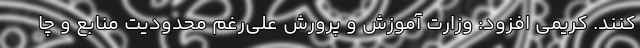
کنند. کریمی افزود: وزارت آموزش و پرورش علی‌رغم محدودیت منابع و چا